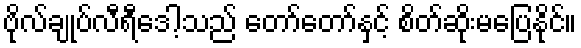
ဗိုလ်ချုပ်လီရီဒေါ့သည် တော်တော်နှင့် စိတ်ဆိုးမပြေနိုင်။